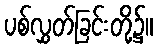
ပစ်လွှတ်ခြင်းတို့၌။